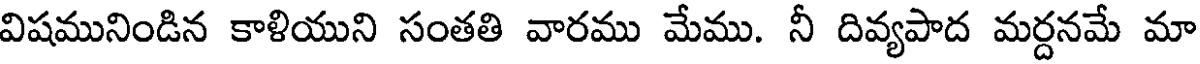
విషమునిండిన కాళియుని సంతతి వారము మేము. నీ దివ్యపాద మర్దనమే మా